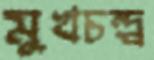
মুখচন্দ্র্র